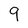
Character: 9